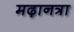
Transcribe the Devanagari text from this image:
मढ़ानत्रा